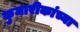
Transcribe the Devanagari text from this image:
कुमारीकांच्या